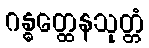
ဂန္ဓတ္ထေနသုတ္တံ